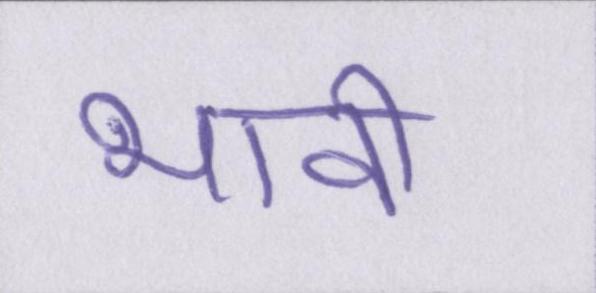
भावी